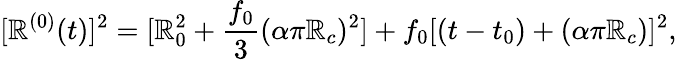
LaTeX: [\mathbb{R}^{(0)}(t)]^{2}=[\mathbb{R}_{0}^{2}+\frac{{f_{0}}}{{3}}(\alpha\pi\mathbb{R}_{c})^{2}]+f_{0}[(t-t_{0})+(\alpha\pi\mathbb{R}_{c})]^{2},